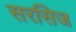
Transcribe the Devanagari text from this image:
सरसिज